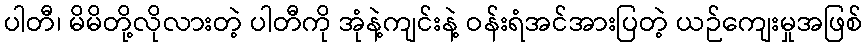
ပါတီ၊ မိမိတို့လိုလားတဲ့ ပါတီကို အုံနဲ့ကျင်းနဲ့ ဝန်းရံအင်အားပြတဲ့ ယဉ်ကျေးမှုအဖြစ်